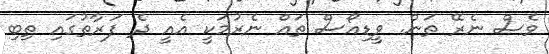
ވެސް ނެރޭ ތަން. ވީޑިއޯސް ތައް ނެރުމަކީ އެއީ ދެ ފަރާތުގައި ތިބި